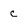
Character: c